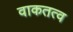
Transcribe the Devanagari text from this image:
वाकतत्व